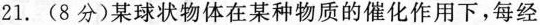
21.(8分)某球状物体在某种物质的催化作用下，每经